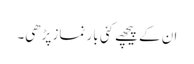
ان کے پیچھے کئی بار نماز پڑھی۔